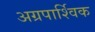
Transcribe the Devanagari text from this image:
अग्रपार्श्विक